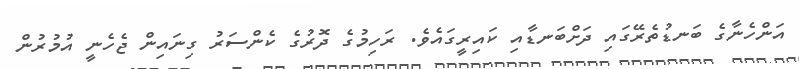
އަންހެނާގެ ބަނޑުތެރޭގައި ދަށްބަނޑާއި ކައިރީގައެވެ. ރަހިމުގެ ދޮރުގެ ކެންސަރު ގިނައިން ޖެހެނީ އުމުރުން